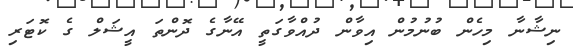
ނިޝާނާ މިހެން ބުނުމުން އިވާން ދުއްވާގަތީ އޭނާގެ ދޮންތަ އީޝަލް ގެ ކޮޓަރި